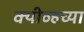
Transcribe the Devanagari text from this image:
क्यीव्हच्या